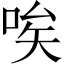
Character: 唉